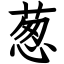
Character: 葱